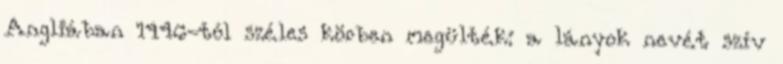
Angliában 1446-tól széles körben megülték: a lányok nevét szív